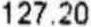
127.20